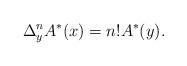
LaTeX: \begin{align*} \Delta^{n}_{y}A^{\ast}(x)=n!A^{\ast}(y).\end{align*}